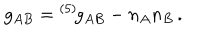
g _ { A B } = { } ^ { ( 5 ) \! } g _ { A B } - n _ { A } n _ { B } \, .